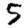
Digit: 5